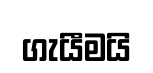
ගැයීමයි